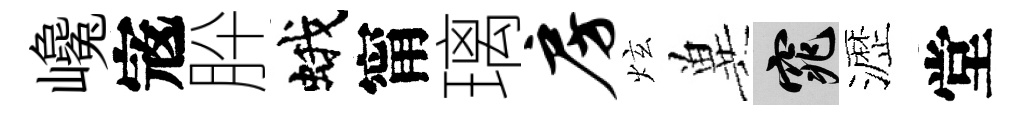
巉𡨥肸蛾甯璃房炫兾窕瀝堂